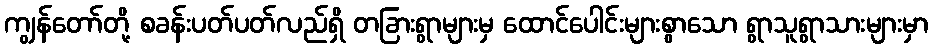
ကျွန်တော်တို့ စခန်းပတ်ပတ်လည်ရှိ တခြားရွာများမှ ထောင်ပေါင်းများစွာသော ရွာသူရွာသားများမှာ